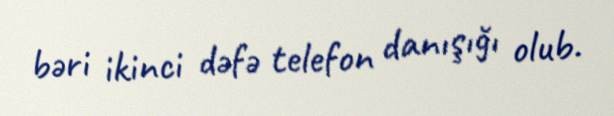
bəri ikinci dəfə telefon danışığı olub.